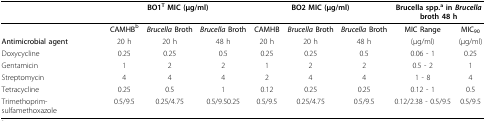
|  | <COLSPAN=3> BO1T MIC (μg/ml) | <COLSPAN=3> BO2 MIC (μg/ml) | <COLSPAN=2> Brucella spp.a in Brucella broth 48 h |
 |  | CAMHBb | Brucella Broth | Brucella Broth | CAMHB | Brucella Broth | Brucella Broth | MIC Range | MIC90 |
 | --- | --- | --- | --- | --- | --- | --- | --- | --- |
 | Antimicrobial agent | 20 h | 20 h | 48 h | 20 h | 20 h | 48 h | (μg/ml) | (μg/ml) |
 | Doxycycline | 0.25 | 0.25 | 0.5 | 0.25 | 0.25 | 0.5 | 0.06 - 1 | 0.25 |
 | Gentamicin | 1 | 2 | 2 | 1 | 2 | 2 | 0.5 - 2 | 1 |
 | Streptomycin | 4 | 4 | 4 | 2 | 4 | 4 | 1 - 8 | 4 |
 | Tetracycline | 0.25 | 0.5 | 1 | 0.12 | 0.25 | 0.25 | 0.12 - 1 | 0.5 |
 | Trimethoprim-sulfamethoxazole | 0.5/9.5 | 0.25/4.75 | 0.5/9.50.25 | 0.5/9.5 | 0.25/4.75 | 0.5/9.5 | 0.12/2.38 - 0.5/9.5 | 0.5/9.5 |